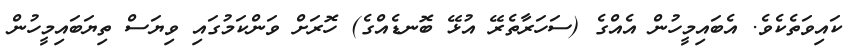
ކައިވަތެކެވެ. އެބައިމީހުން އެއްގެ (ސަހަރާތެރޭ އުޅޭ ބޮނޑެއްގެ) ހޮރަށް ވަންކަމުގައި ވިޔަސް ތިޔަބައިމީހުން